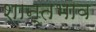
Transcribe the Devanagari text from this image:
शान्तभाव